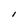
Character: l